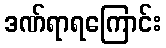
ဒဏ်ရာရကြောင်း